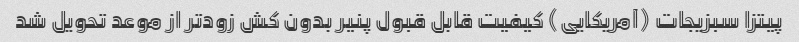
پیتزا سبزیجات (آمریکایی) کیفیت قابل قبول پنیر بدون کش زودتر از موعد تحویل شد